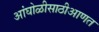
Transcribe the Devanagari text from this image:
आंघोळीसाठीआणत